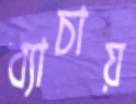
ব্যাচায়